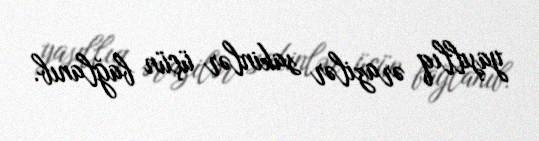
yaşıllıq ərazilər sakinlər üçün bağlanıb.